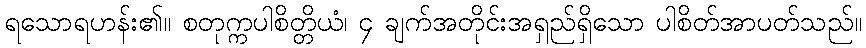
ရသောရဟန်း၏။ စတုက္ကပါစိတ္တိယံ၊ ၄ ချက်အတိုင်းအရှည်ရှိသော ပါစိတ်အာပတ်သည်။